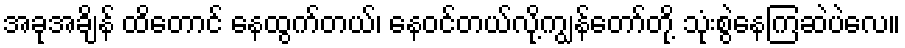
အခုအချိန် ထိတောင် နေထွက်တယ်၊ နေဝင်တယ်လို့ကျွန်တော်တို့ သုံးစွဲနေကြဆဲပဲလေ။